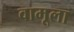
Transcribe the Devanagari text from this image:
वामूला